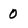
Character: 0